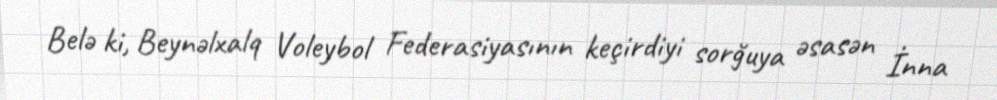
Belə ki, Beynəlxalq Voleybol Federasiyasının keçirdiyi sorğuya əsasən İnna